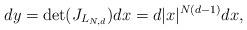
LaTeX: \begin{align*}dy=\det(J_{L_{N,d}})dx=d|x|^{N\left( d-1\right) }dx, \end{align*}